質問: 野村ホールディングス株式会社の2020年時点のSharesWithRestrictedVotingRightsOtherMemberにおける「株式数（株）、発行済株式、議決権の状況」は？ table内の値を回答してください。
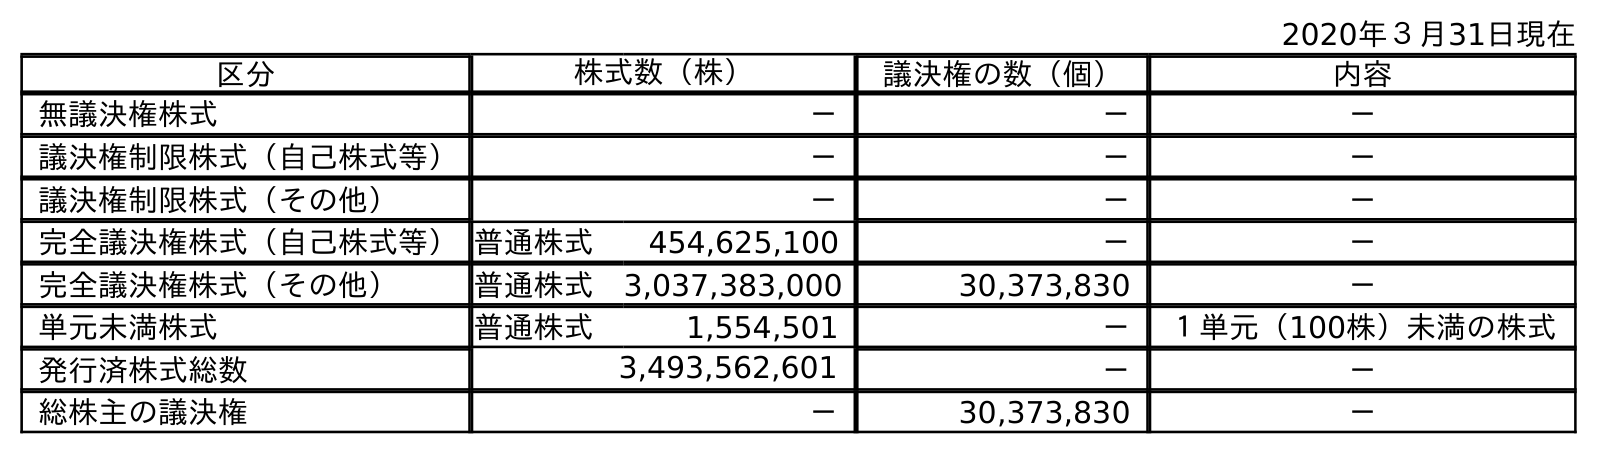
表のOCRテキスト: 2020年３月31日現在 区分 株式数（株） 議決権の数（個） 内容 無議決権株式 － － － 議決権制限株式（自己株式等） － － － 議決権制限株式（その他） － － － 完全議決権株式（自己株式等）普通株式 454,625,100 － － 完全議決権株式（その他） 普通株式 3,037,383,000 30,373,830 － 単元未満株式 普通株式 1,554,501 － １単元（100株）未満の株式 発行済株式総数 3,493,562,601 － － 総株主の議決権 － 30,373,830 －
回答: －